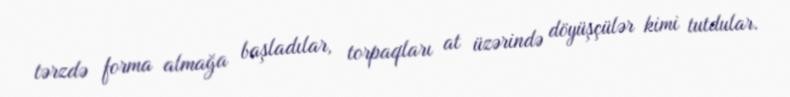
tərzdə forma almağa başladılar, torpaqları at üzərində döyüşçülər kimi tutdular.